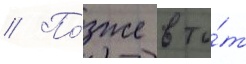
// По́зже в то́т